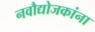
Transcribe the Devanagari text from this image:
नवौद्योजकांना